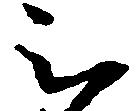
被